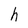
Character: h